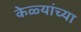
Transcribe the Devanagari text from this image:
केळ्यांच्या